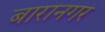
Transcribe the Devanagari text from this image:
बारानगर